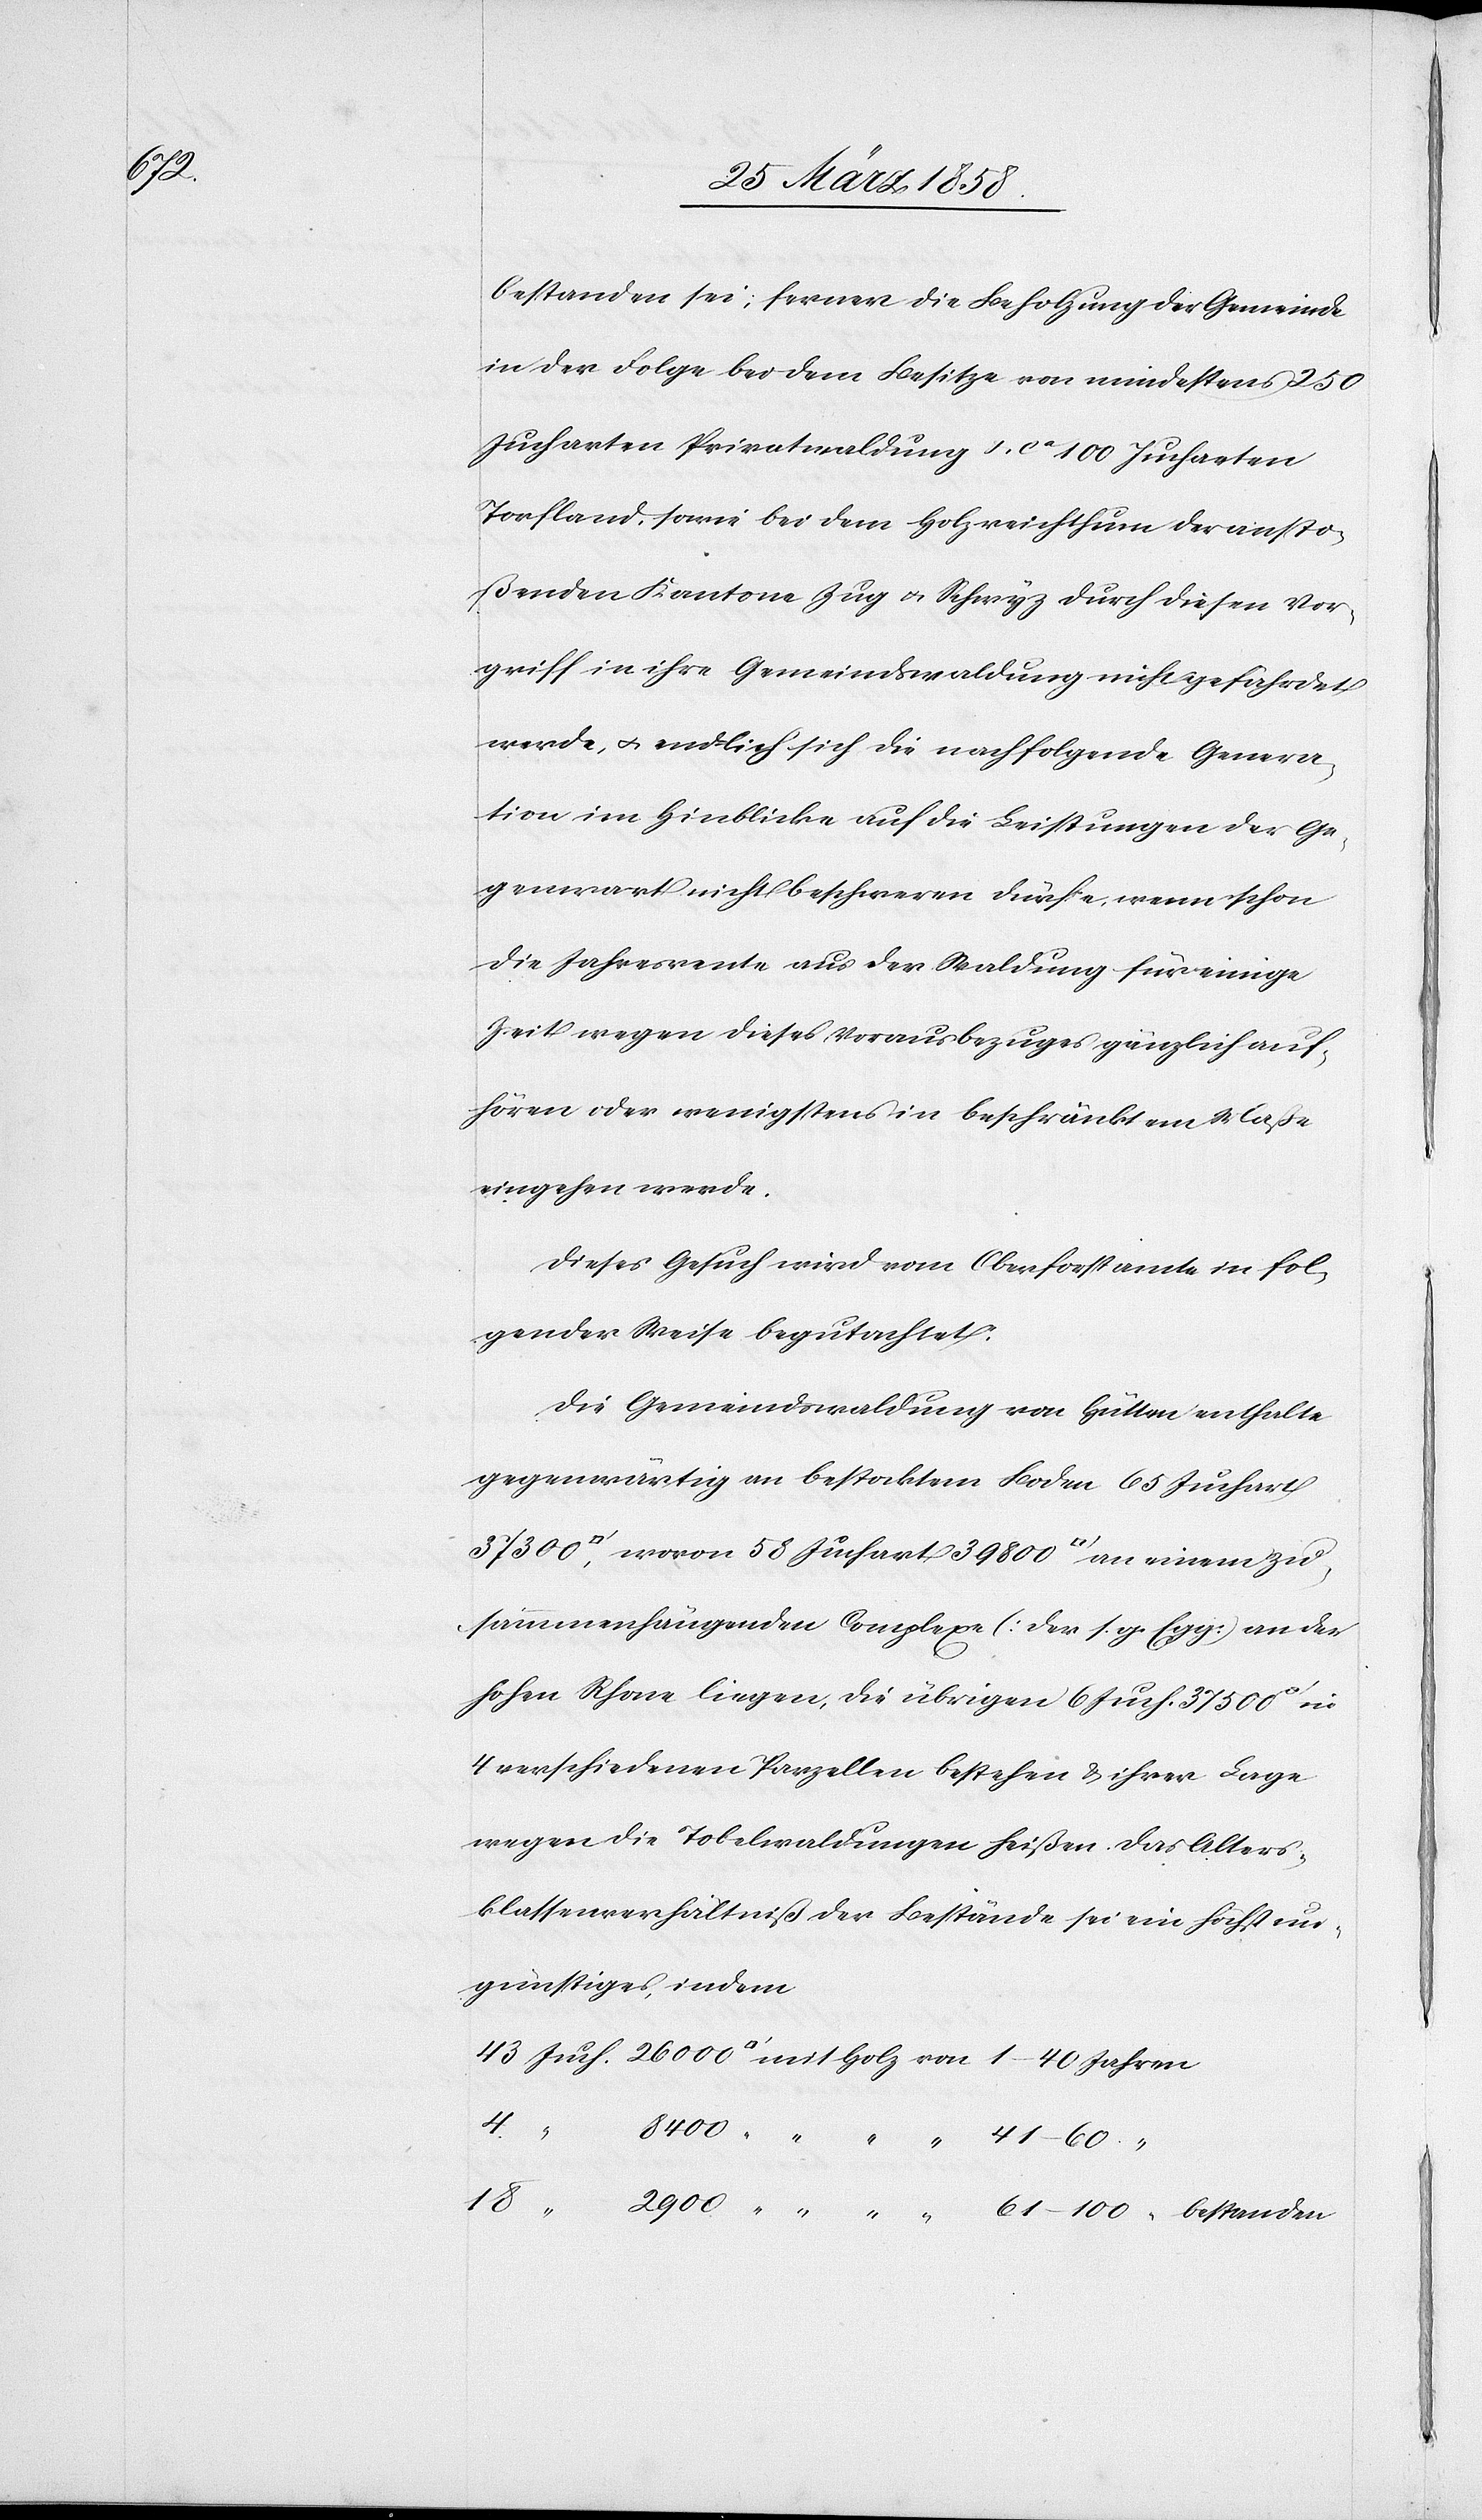
18

bestanden sei; ferner die Beholzung der Gemeinde
in der Folge bei dem Besitze von mindestens 250
Jucharten Privatwaldung u. ca 100 Jucharten
Torfland, sowie bei dem Holzreichthum der ansto¬
ßenden Kantone Zug u. Schwyz durch diesen Vor¬
griff in ihre Gemeindwaldung nicht gefährdet
werde, u. endlich sich die nachfolgende Genera¬
tion im Hinblicke auf die Leistungen der Ge¬
genwart nicht beschweren dürfe, wenn schon
die Jahresrente aus der Waldung für einige
Zeit wegen dieses Vorausbezuges gänzlich auf¬
hören oder wenigstens in beschränktem Maße
eingehen werde.
Dieses Gesuch wird vom Oberforstamte in fol¬
gender Weise begutachtet:
Die Gemeindswaldung von Hütten enthalte
gegenwärtig an bestocktem Boden 65 Juchart
sammenhängenden Complexe [der s. g. Egg] an der
hohen Rhone liegen, die übrigen 6 Juch. 37 500
verschiedenen Parzellen bestehen u. ihrer Lage
wegen die Tobelwaldungen heißen. Das Alters¬
klassenverhältniß der Bestände sei ein höchst un¬
günstiges, indem